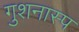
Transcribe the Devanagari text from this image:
गुशनास्प